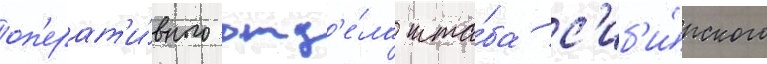
оп'ерат'и́вного отд'е́ла шта́ба с'иб'и́рского